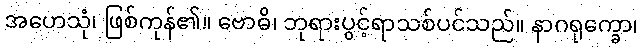
အဟေသုံ၊ ဖြစ်ကုန်၏။ ဗောဓိ၊ ဘုရားပွင့်ရာသစ်ပင်သည်။ နာဂရုက္ခော၊